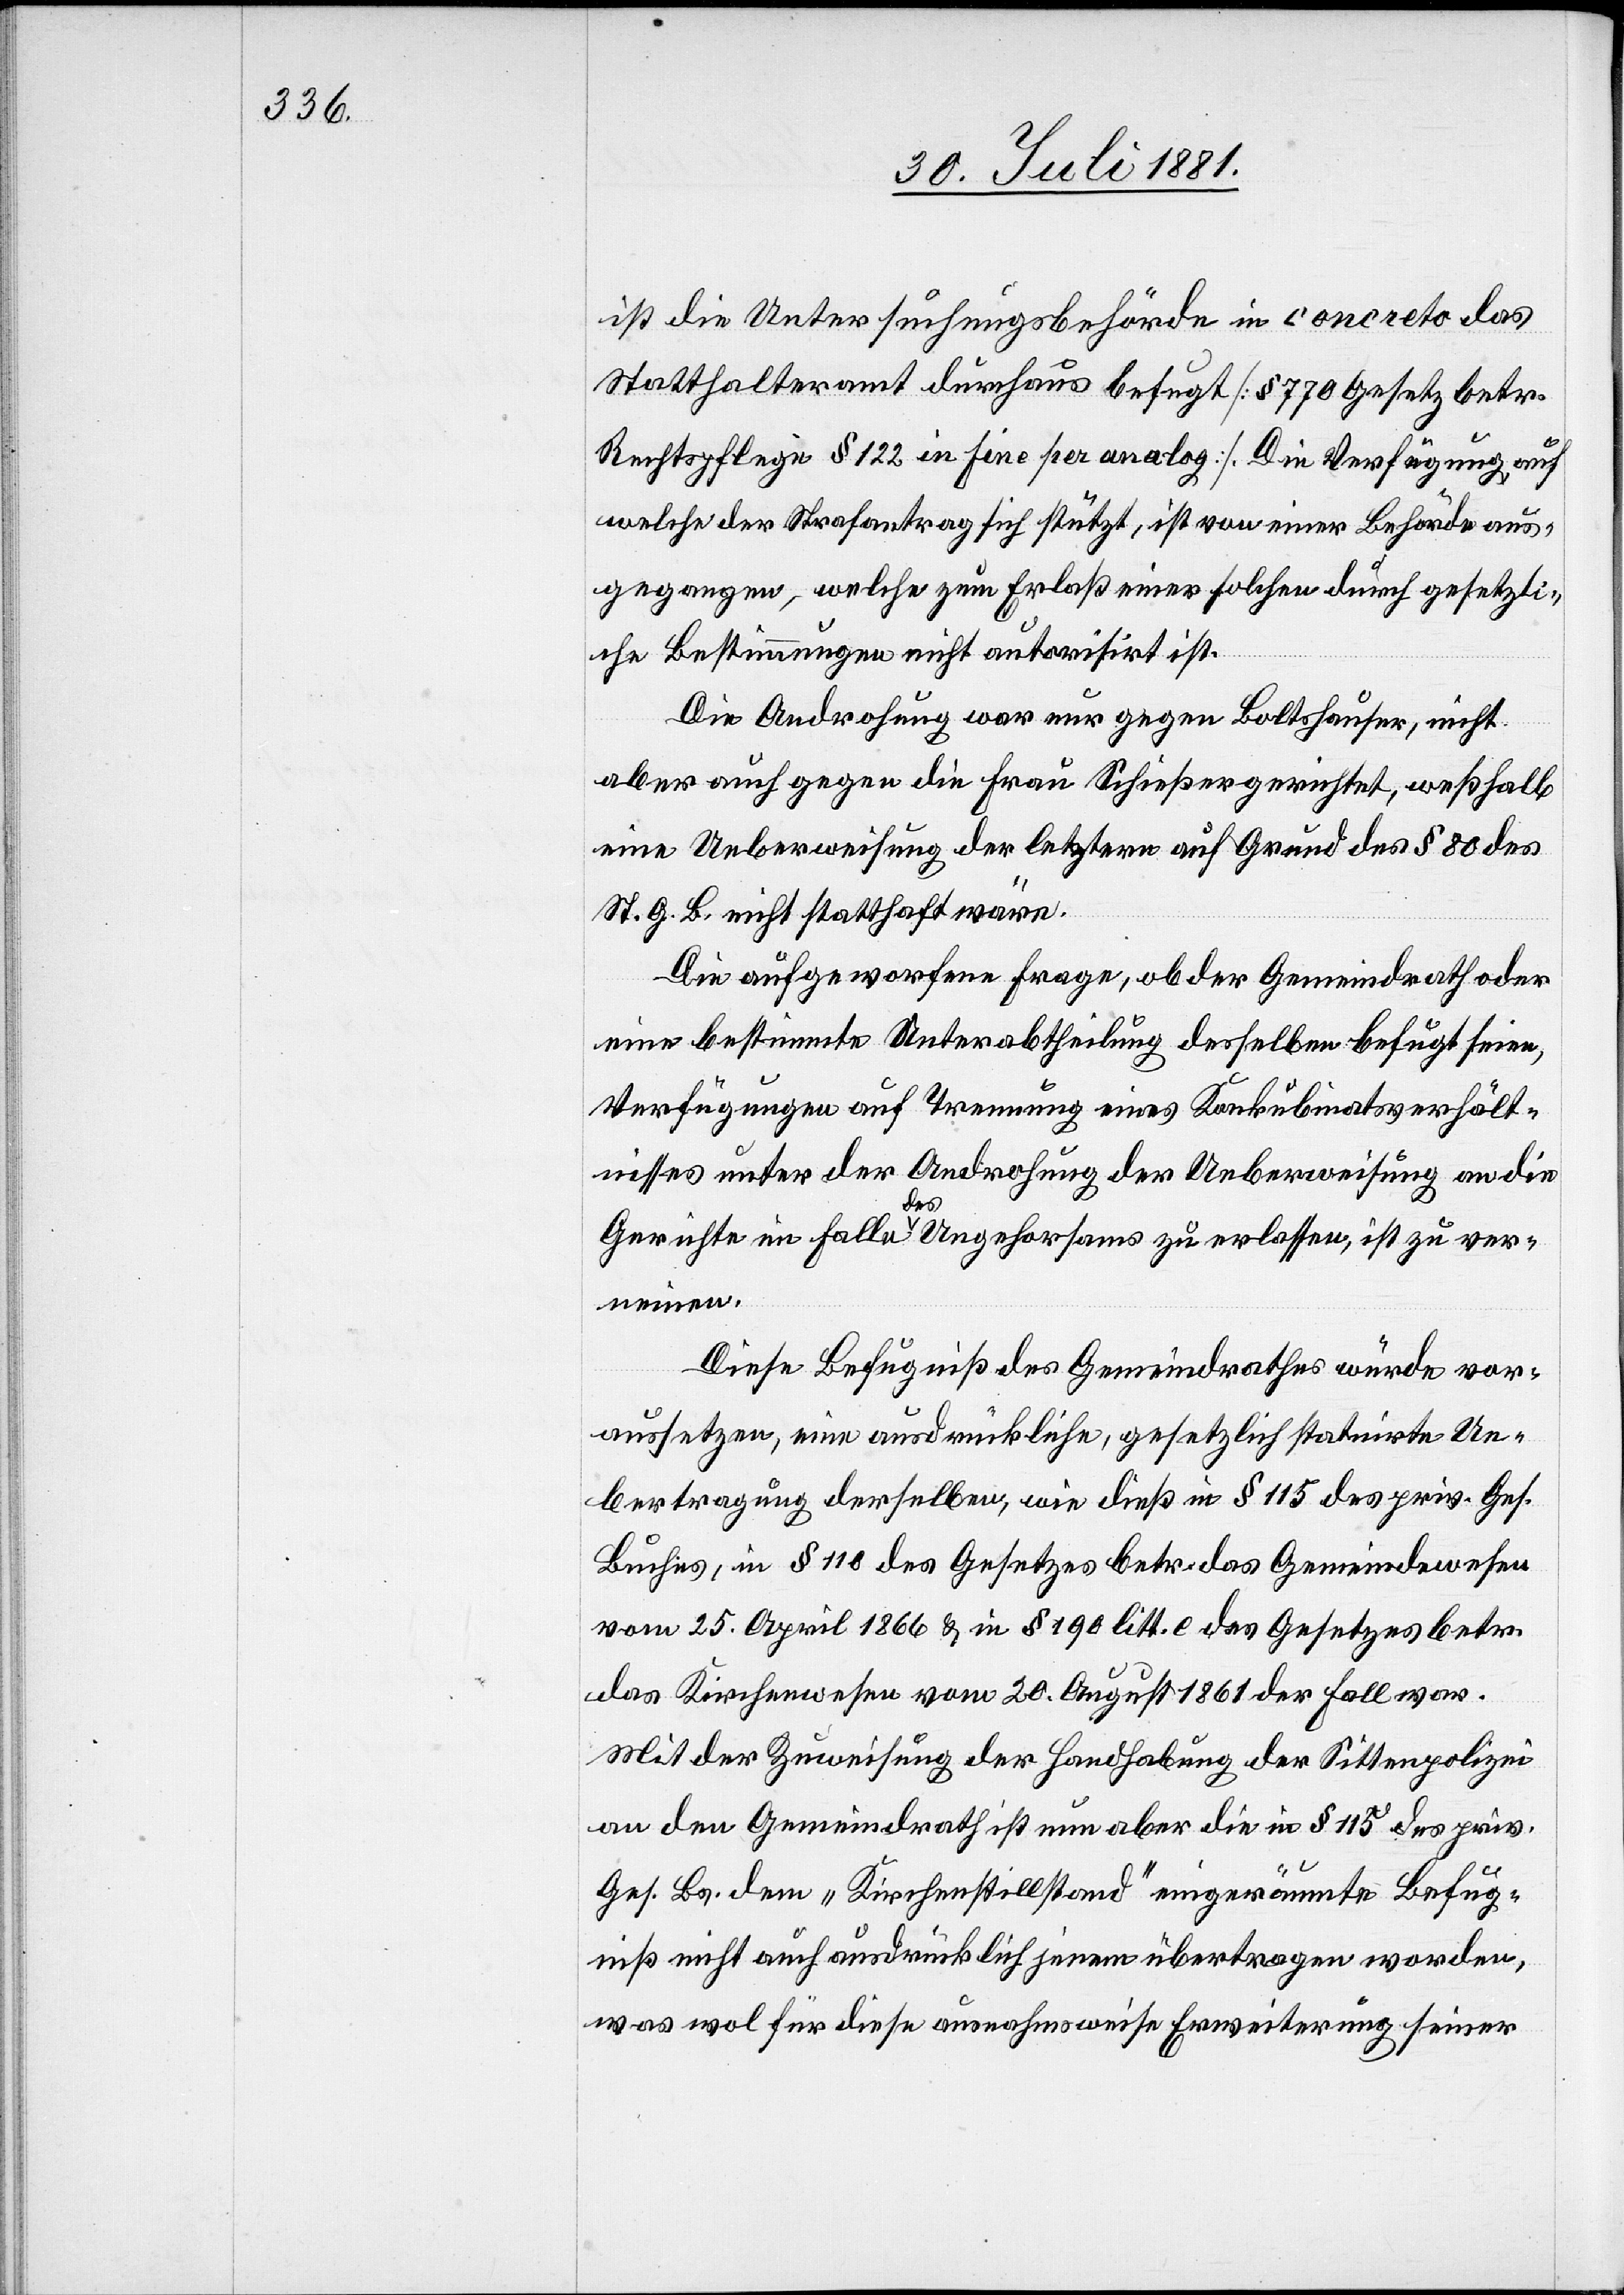
ist die Untersuchungsbehörde in concreto das
Statthalteramt durchaus befugt [§ 770 Gesetz betr.
Rechtspflege § 122 in fine per analog]. Die Verfügung auf
welche der Strafantrag sich stützt, ist von einer Behörde aus¬
gegangen, welche zum Erlaß einer solchen durch gesetzli¬
che Bestimmungen nicht autorisirt ist.
Die Androhung war nur gegen Boltshauser, nicht
aber auch gegen die Frau Schießer gerichtet, weßhalb
eine Ueberweisung der letztern auf Grund des § 80 des
St. G. B. nicht statthaft wäre.
Die aufgeworfene Frage, ob der Gemeindrath oder
eine bestimmte Unterabtheilung desselben befugt seien,
Verfügungen auf Trennung eines Konkubinatsverhält¬
nisses unter der Androhung der Ueberweisung an die
Gerichte im Falle des Ungehorsams zu erlassen, ist zu ver¬
neinen.
Diese Befugniß des Gemeindrathes würde vor¬
aussetzen, eine ausdrückliche, gesetzlich statuirte Ue¬
bertragung derselben, wie dieß im § 115 des priv. Ges.
Buches, im § 118 des Gesetzes betr. das Gemeindewesen
vom 25. April 1866 & in § 190 litt. e des Gesetzes betr.
das Kirchenwesen vom 20. August 1861 der Fall war.
Mit Zuweisung der Handhabung der Sittenpolizei
an den Gemeindrath ist nun aber die in § 115 des priv.
Ges. Bs. dem „Kirchenstillstand“ eingeräumte Befug¬
niß nicht auch ausdrücklich jenem übertragen worden,
was wol für diese ausnahmsweise Erweiterung seiner